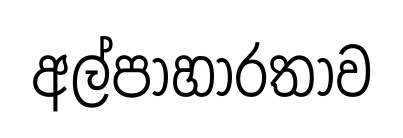
අල්පාහාරතාව